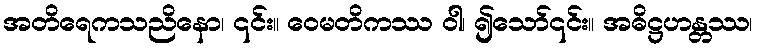
အတိရေကသညိနော၊ ၎င်း။ ဝေမတိကဿ ဝါ၊ ၍သော်၎င်း။ အဓိဋ္ဌဟန္တဿ၊